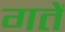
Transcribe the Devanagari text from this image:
गतें